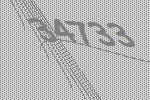
34733